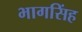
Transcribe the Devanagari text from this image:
भागसिंह